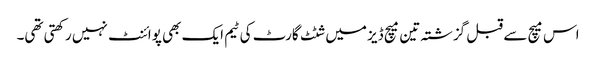
اس میچ سے قبل گزشتہ تین میچ ڈیز میں شٹٹ گارٹ کی ٹیم ایک بھی پوائنٹ نہیں رکھتی تھی۔